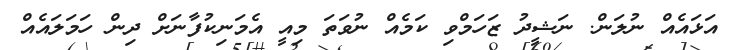
އަޅައެއް ނުލަން. ނަޝީދު ޒަހަމްވި ކަމެއް ނުވަތަ މިއީ އެމަނިކުފާނަށް ދިން ހަމަލައެއް